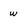
Character: w